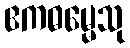
ဧကဓမ္မေသု